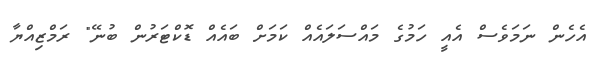
އެހެން ނަމަވެސް އެއީ ހަމުގެ މައްސަލައެއް ކަމަށް ބައެއް ޑޮކްޓަރުން ބުނޭ" ރަމްޒިއްޔާ